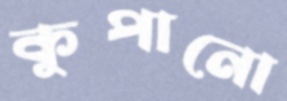
কুপানো